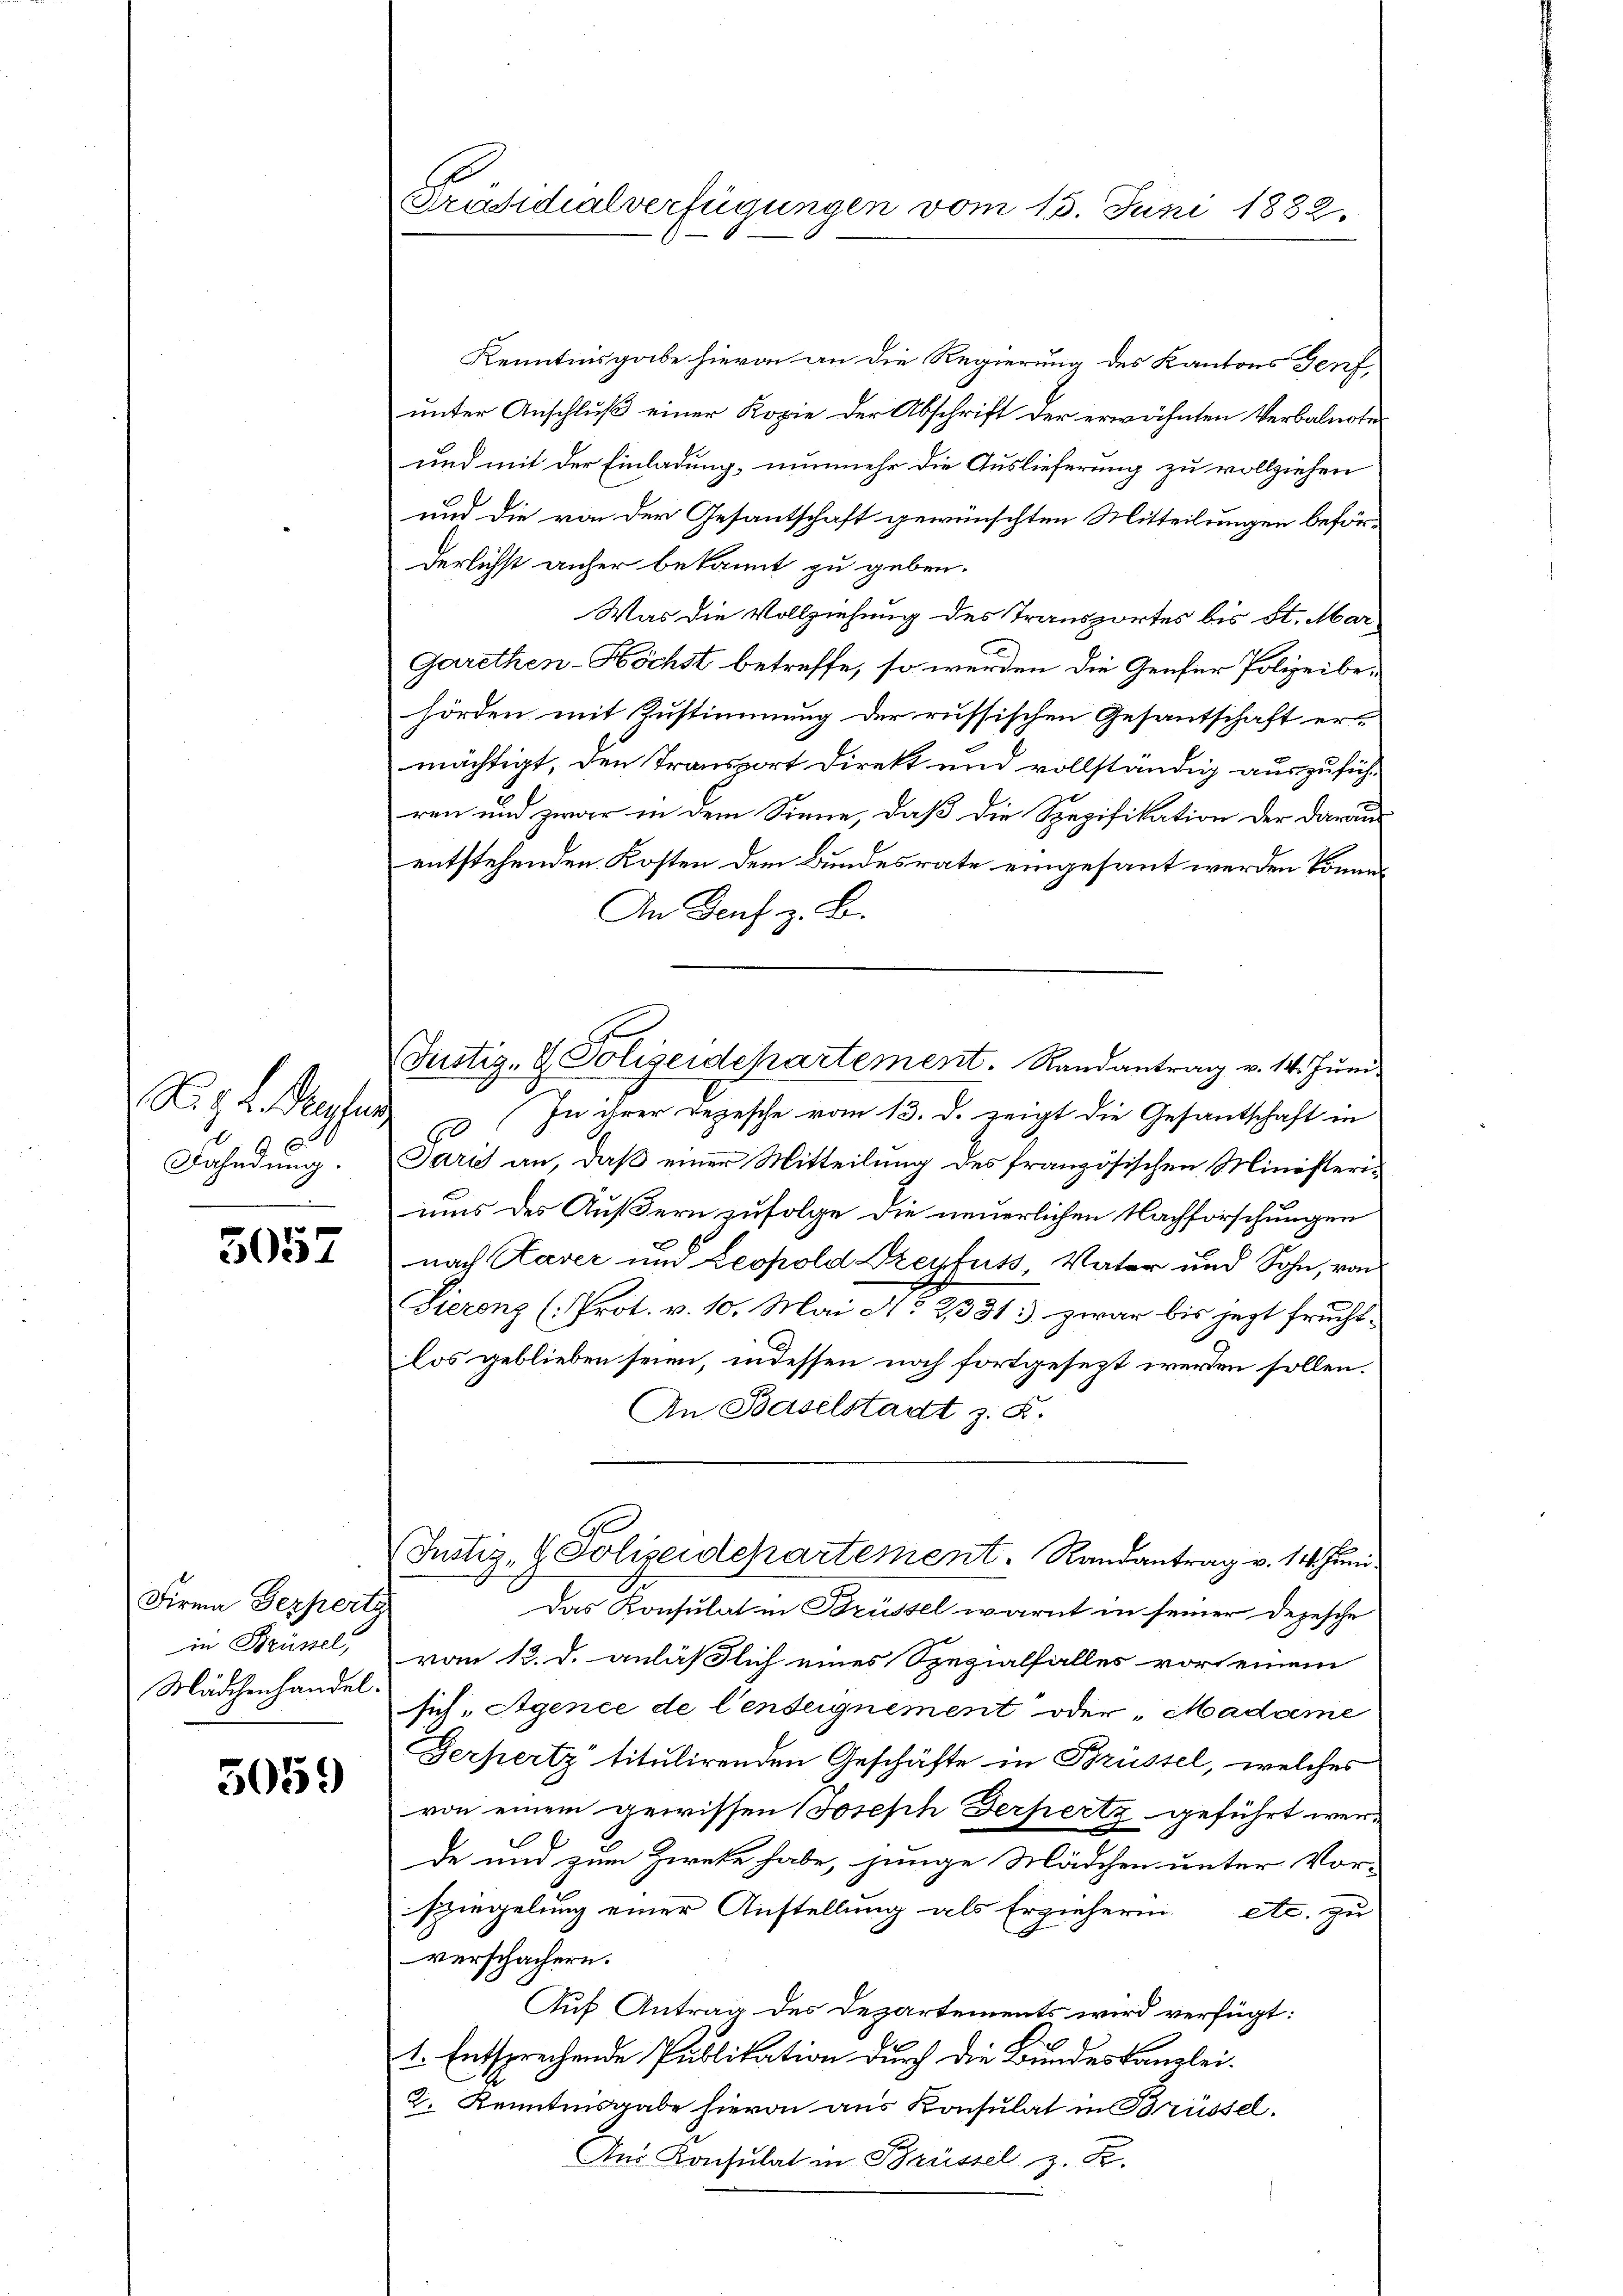
S. z. B. Mephin
Fahndung.

5057

Firma Gerpertz
in Brüssel,
Mädchenhandel.

5059

Präsidialverfügungen vom 15. Juni 1882.

Kenntnisgabe hievon an die Regierung des Kantons Genf,
unter Anschluß einer Kopie der Abschrift der erwähnten Verbalnote
und mit der Einladung, nunmehr die Auslieferung zu vollziehen
und die von der Gesantschaft gewünschten Mitteilungen beförderlichst anher bekannt zu geben.
Was die Vollziehung des Transportes bis St. Mar¬
Garethen-Höchst betreffe, so werden die Genfer Polizeibe-
hörden mit Zustimmung der russischen Gesantschaft ermächtigt, den Transport Direkt und vollständig auszuführen und zwar in dem Sinne, daß die Spezifikation der darausentstehenden Kosten dem Bundesrate eingesant werden könne,
An Genf z. B.
30. In ihrer Rezesche vom 13. d. zeigt die Gesantschaft in
Gares an, daß einer Mitteilung des französischen Ministeriums des Äußern zufolge die neuerlichen Nachforschungen
nach Kaver und Leopold Dreyfuss, Vater und Sohn, von
Sierenz (Prot. v. 10. Mai No 2331: zwar bis jezt frucht.
los geblieben seien, indessen noch fortgesezt werden sollen.
An Baselstadt z. R.
G
Justiz- & Polizeidepartement. Randantrag v. 14. Juni
Das Konsulat in Brüssel warnt in seiner Depesche
vom 13. d. anläßlich eines Spezialfalles vor einem
sich, Agence de Centeignement oder „Madame
Gerpertz titulirenden Geschäfte in Brustel, welches
von einem gewissen Joseph Serpertz geführt werde und zum Zieke habe, junge Mädchen unter Vor-
spiegelung einer Anstellung als Erzieherin etc. zu
verschächern.
Auf Antrag des Departements wird verfügt:
1. Entsprechende Publikation durch die Bundeskanzlei¬
2. Kenntinsgabe hievon aus Konsulat in Brüssel.
Aus Konsulat in Brüssel z. B.

Justiz- & Polizeidepartement. Randantrag v. 14. Juni.